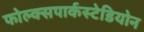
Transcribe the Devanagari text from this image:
फोल्क्सपार्कस्टेडियोन